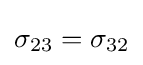
\sigma _{23}=\sigma _{32}